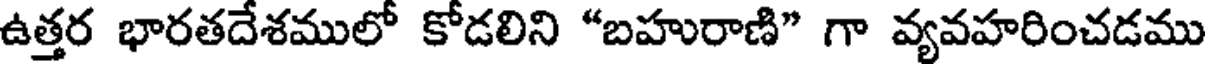
ఉత్తర భారతదేశములో కోడలిని "బహురాణి" గా వ్యవహరించడము